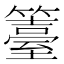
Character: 籉